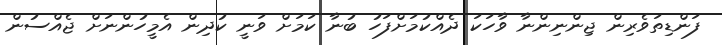
ފަންޑިތަވެރިން ޖިންނިންނާ ވާހަކަ ދެއްކުމަށްފަހު ބުނާ ކަމަށް ވަނީ ކުދިން އެމީހުންނަށް ޖެއްސުން